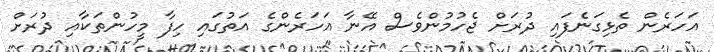
އަހަރެން ތެޅިގަނެފައި ދުރަށް ޖެހުމުންވެސް އޭނާ އަހަރެންގެ އަތުގައި ހިފާ މީހުންތަކާއި ދުރަށް